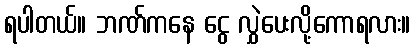
ရပါတယ်။ ဘဏ်ကနေ ငွေ လွှဲပေးလို့ကောရလား။